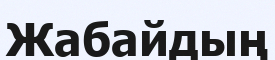
Жабайдың